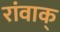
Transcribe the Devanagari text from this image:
रांवाक्